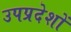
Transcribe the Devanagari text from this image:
उपप्रदेशों